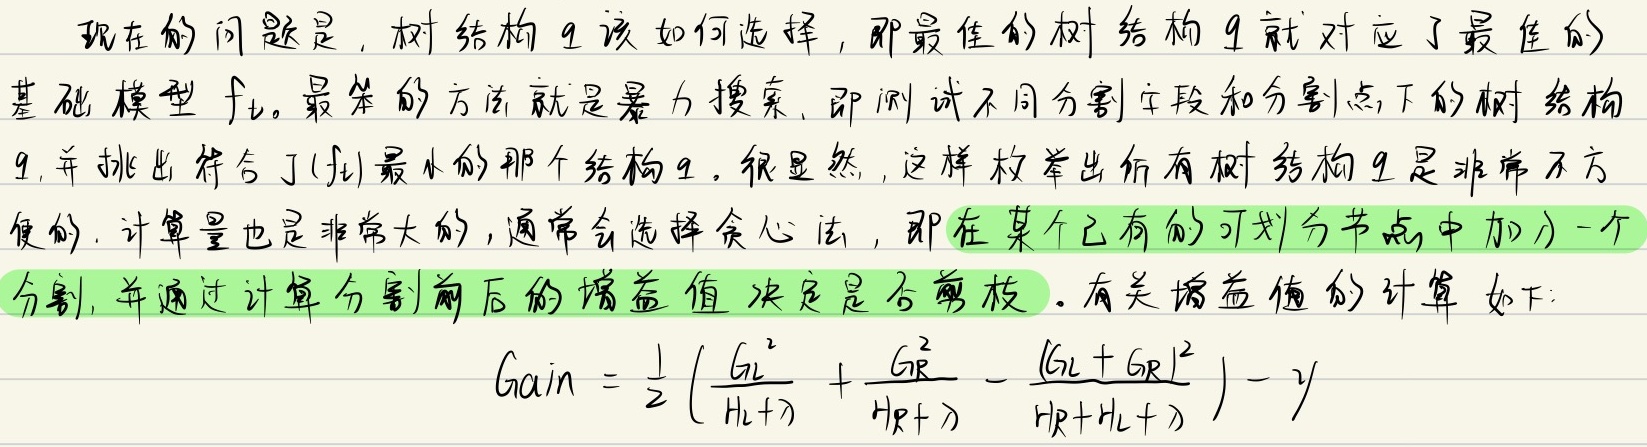
现在的问题是，树结构 \(q\) 该如何选择，即最佳的树结构 \(q\) 就对应了最佳的基础模型 \(f_k\)。最笨的方法就是暴力搜索，即测试不同分割字段和分割点下的树结构\(q\)，并挑出符合 \(J(f_k)\) 最小的那个结构 \(q\)。很显然，这样枚举出所有树结构 \(q\) 是非常不方便的，计算量也是非常大的，通常会选择贪心法，即在某个已有的可划分节点中加入一个分割，并通过计算分割前后的增益值决定是否剪枝 。有关增益值的计算如下：
\[Gain = \frac{1}{2} \left( \frac{G_L^{2}}{H_L + \lambda} + \frac{G_R^{2}}{H_R + \lambda} - \frac{(G_L + G_R)^{2}}{H_R + H_L + \lambda} \right) - \gamma\]